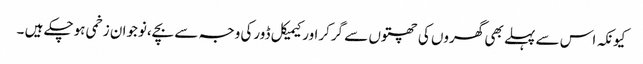
کیونکہ اس سے پہلے بھی گھروں کی چھتوں سے گرکراورکیمیکل ڈورکی وجہ سے بچے،نوجوان زخمی ہوچکے ہیں ۔